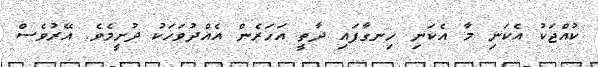
ކުއްޖަކު އެކަނި މާ އެކަނި ހިނގާފައި ދާތީ އަހަރެން އެއްދުވަހަކު ދުށީމެވެ. އޭރުވެސް